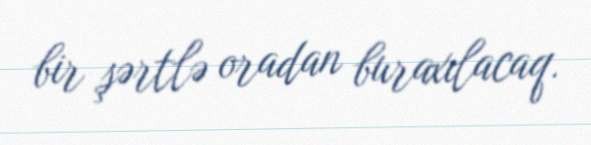
bir şərtlə oradan buraxılacaq.